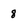
Character: 8